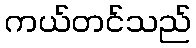
ကယ်တင်သည်